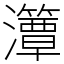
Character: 㶘